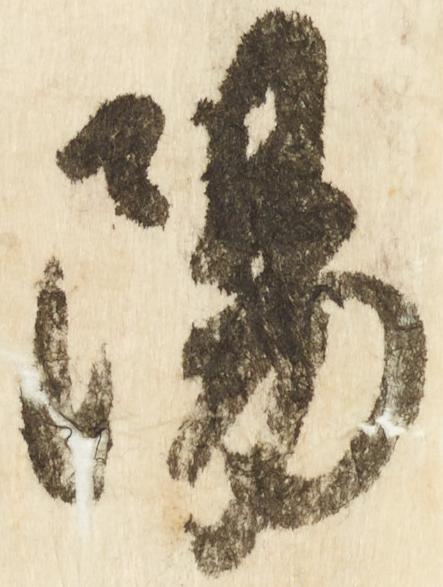
陽